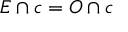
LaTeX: E \cap c = O \cap c